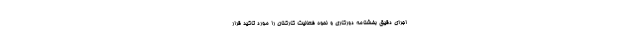
اجرای دقیق بخشنامه دورکاری و نحوه فعالیت کارکنان را مورد تاکید قرار